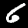
Digit: 6